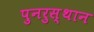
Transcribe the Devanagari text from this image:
पुनरुस्थान